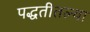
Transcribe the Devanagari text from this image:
पद्धतीतल्या